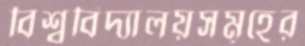
বিশ্ববিদ্যালয়সমূহের